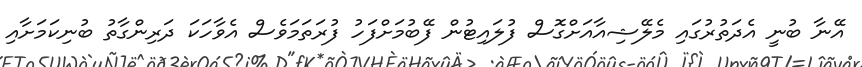
އޭނާ ބުނީ އެދަތުރުގައި މެލޭޝިއާއަށްގޮސް ފުލައިޓުން ފޭބުމަށްފަހު ފުރަތަމަވެސް އެވާހަކަ ދަރިންގާތު ބުނިކަމަށާއި